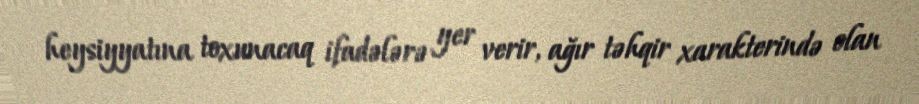
heysiyyatına toxunacaq ifadələrə yer verir, ağır təhqir xarakterində olan